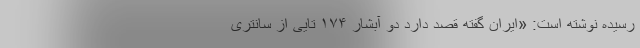
رسیده نوشته است: «ایران گفته قصد دارد دو آبشار ۱۷۴ تایی از سانتری